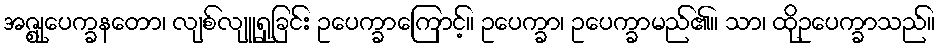
အဇ္ဈုပေက္ခနတော၊ လျစ်လျူရှုခြင်း ဥပေက္ခာကြောင့်။ ဥပေက္ခာ၊ ဥပေက္ခာမည်၏။ သာ၊ ထိုဥပေက္ခာသည်။